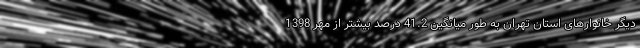
دیگر خانوارهای استان تهران به طور میانگین 41.2 درصد بیشتر از مهر 1398